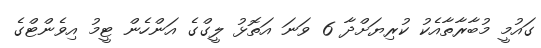
ގައުމީ މުބާރާތާއެކު ކުރިޔަށްދާ 6 ވަނަ އަތޮޅު ލީގްގެ އަންހެން ޓީމު އިވެންޓްގެ